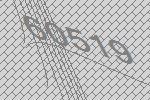
60519